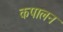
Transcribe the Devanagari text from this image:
कपालन